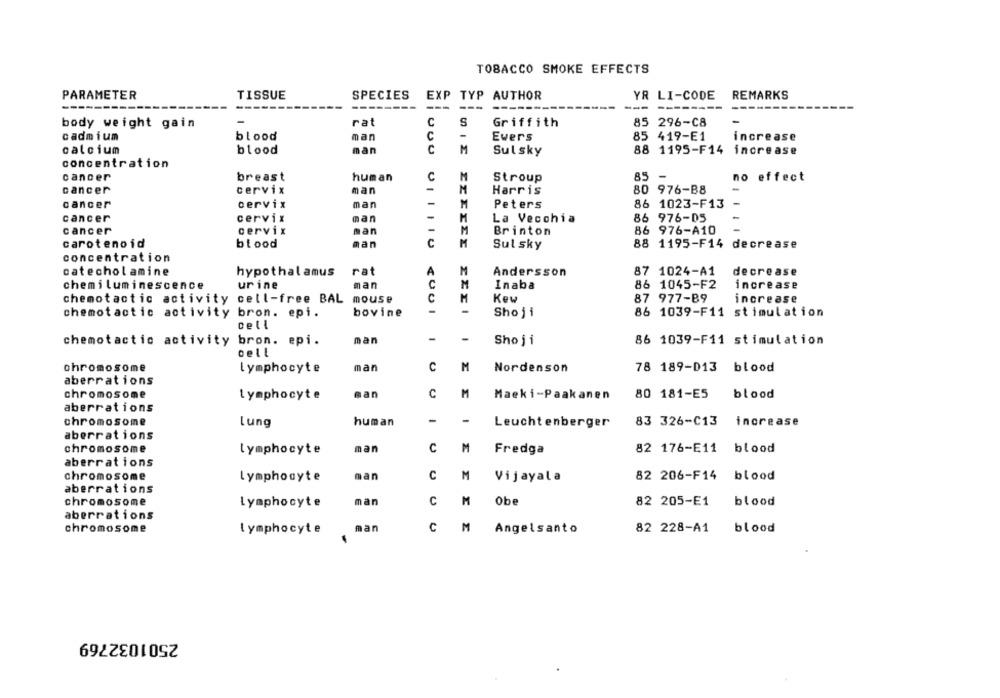
TOBACCO SMOKE EFFECTS
PARAMETER
TISSUE
SPECIES
EXP TYP AUTHOR
YR LI-CODE
REMARKS
-----
---
---
-------
-
body weight gain
rat
C
S
Griffith
85 296-C8
cadmium
blood
man
C
-
Ewers
85 419-E1
increase
calcium
blood
man
C
M
Sul sky
88 1195-F14 increase
concentration
cancer
breast
human
C
M
Stroup
85
-
no effect
man
-
80 976-B8
-
cancer
cervix
Harris
-
86 1023-F13
-
cancer
cervix
man
M
Peters
cancer
-
-
cervix
man
M
La Vecchia
86 976-05
cancer
cervix
man
M
86 976-A10
Brinton
carotenoid
blood
man
C
M
88 1195-F14 decrease
Sul sky
concentration
catecholamine
hypothalamus
rat
M
Andersson
87 1024-A1 decrease
chemiluminescence
urine
man
M
Inaba
86 1045-F2
increase
chemotactic activity cell-free BAL
mouse
M
Kew
87 977-89
increase
chemotactic activity bron. epi.
bovine
CUOI
-
Sho ji
86 1039-F11 stimulation
cell
chemotactic activity bron. epi.
man
-
86 1039-F11 stimulation
Shoji
Dell
chromosome
lymphocyte
man
C
M
Nordenson
78 189-013 blood
aberrations
chromosome
Lymphocyte
man
C
M
Maeki-Paakanen
80 181-E5
blood
aberrations
chromosome
Lung
human
-
-
Leuchtenberger
83 326-C13
increase
aberrations
chromosome
lymphocyte
man
C
M
Fredga
82 176-E11 blood
aberrations
chromosome
lymphocyte
man
c
M
Vijayala
82 206-F14 blood
aberrations
chromosome
man
c
M
Obe
82 205-E1
blood
Lymphocyte
aberrations
chromosome
lymphocyte
man
C
M
Angelsanto
82 228-A1
blood
2501032769